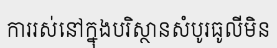
ការរស់នៅក្នុងបរិស្ថានសំបូរធូលីមិន